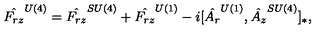
\hat { F _ { r z } } ^ { U ( 4 ) } = \hat { F _ { r z } } ^ { S U ( 4 ) } + \hat { F _ { r z } } ^ { U ( 1 ) } - i [ \hat { A _ { r } } ^ { U ( 1 ) } , \hat { A _ { z } } ^ { S U ( 4 ) } ] _ { * } ,